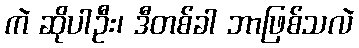
ကဲ ဆိုပါဦး၊ ဒီတစ်ခါ ဘာဖြစ်သလဲ